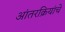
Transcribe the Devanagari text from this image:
आंतरक्रियांचे